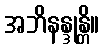
အဘိနန္ဒုန္တိ။